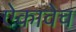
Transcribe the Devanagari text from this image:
ऐकावेच